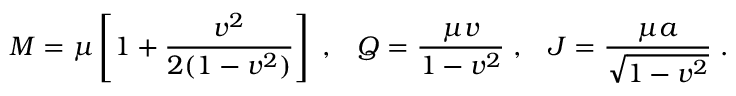
M = \mu \left[ 1 + { \frac { v ^ { 2 } } { 2 ( 1 - v ^ { 2 } ) } } \right] \; , \; \; \; Q = { \frac { \mu v } { 1 - v ^ { 2 } } } \; , \; \; \; J = { \frac { \mu a } { \sqrt { 1 - v ^ { 2 } } } } \; .